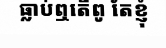
ធ្លាប់ឮតើពូ តែខ្ញុំ